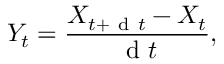
Y _ { t } = \frac { X _ { t + \mathrm { ~ d ~ } t } - X _ { t } } { \mathrm { ~ d ~ } t } ,